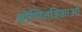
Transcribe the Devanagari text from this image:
श्रोणितंत्रिकाओं